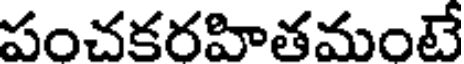
పంచకరహితమంటే